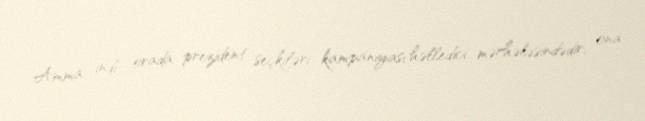
Amma indi orada prezident seçkiləri kampaniyası həlledici mərhələsindədir, ona